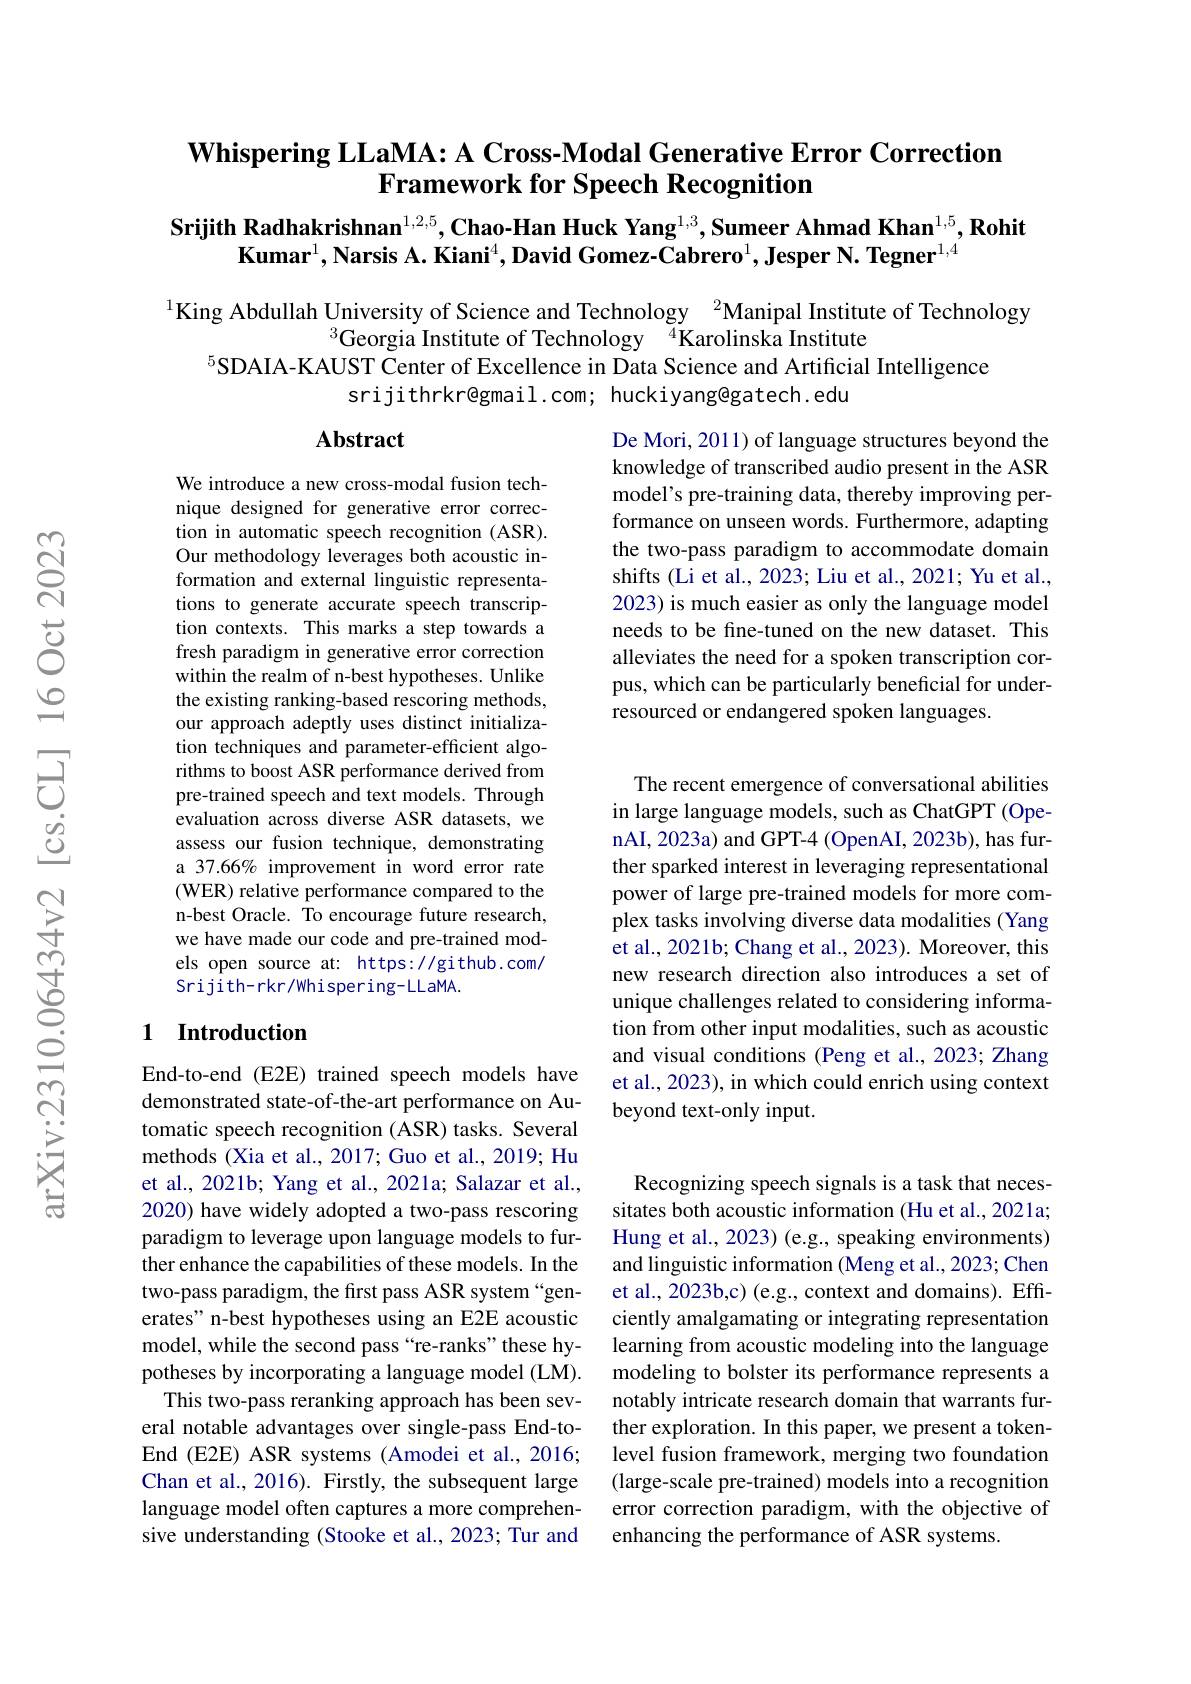
## $\textbf{Whispering LLaMA: A Cross- Modal Generative Error Correction}$ $\textbf{Framework for Speech Recognition}$

Srijith Radhakrishnan$^{1, 2, 5}, \textbf{Chao- Han Huck Yang}^{1, 3}, \textbf{Sumeer Ahmad Khan}^{1, 5}, \textbf{Rohit}$
Kumar$^1,\textbf{Narsis A. Kiani}^4,\text{David Gomez-Cabrero}^1,\textbf{Jesper N.Tegner}^{1,4}$

King Abdullah University of Science and Technology $^{2}$Manipal Institute of Technology
$^{3}$Georgia Institute of Technology$^{4}$Karolinska Institute
$^{5}$SDAIA-KAUST $\bar{\text{Center of Excellence in Data Science and Artificial Intelligence}}$
srijithrkr@gmail.com; huckiyang@gatech.edu

### $\mathbf{Abstract}$

De Mori, 2011) of language structures beyond the knowledge of transcribed audio present in the ASR model's pre-training data, thereby improving performance on unseen words. Furthermore, adapting the two-pass paradigm to accommodate domain shifts (Li et al., 2023; Liu et al., 2021; Yu et al., 2023) is much easier as only the language model needs to be fine-tuned on the new dataset. This alleviates the need for a spoken transcription corpus, which can be particularly beneficial for underresourced or endangered spoken languages.

We introduce a new cross-modal fusion technique designed for generative error correction in automatic speech recognition (ASR). Our methodology leverages both acoustic information and external linguistic representations to generate accurate speech transcription contexts. This marks a step towards a fresh paradigm in generative error correction within the realm of n-best hypotheses. Unlike the existing ranking-based rescoring methods, our approach adeptly uses distinct initialization techniques and parameter-efficient algorithms to boost ASR performance derived from pre-trained speech and text models. Through evaluation across diverse ASR datasets, we assess our fusion technique, demonstrating a 37.66% improvement in word error rate (WER) relative performance compared to the n-best Oracle. To encourage future research, we have made our code and pre-trained models open source at: https://github.com/ Srijith-rkr/whispering-LLaMA.

The recent emergence of conversational abilities in large language models, such as ChatGPT (OpenAI, 2023a) and GPT-4 (OpenAI, 2023b), has further sparked interest in leveraging representational power of large pre-trained models for more complex tasks involving diverse data modalities (Yang et al., 2021b; Chang et al., 2023). Moreover, this new research direction also introduces a set of unique challenges related to considering information from other input modalities, such as acoustic and visual conditions (Peng et al., 2023; Zhang et al., 2023), in which could enrich using context beyond text-only input.

## 1 Introduction

End-to-end (E2E) trained speech models have demonstrated state-of-the-art performance on Automatic speech recognition (ASR) tasks. Several methods (Xia et al., 2017; Guo et al., 2019; Hu et al., 2021b; Yang et al., 2021a; Salazar et al., 2020) have widely adopted a two-pass rescoring paradigm to leverage upon language models to further enhance the capabilities of these models. In the two-pass paradigm, the first pass ASR system “generates" n-best hypotheses using an E2E acoustic model, while the second pass“re-ranks”these hypotheses by incorporating a language model (LM).
This two-pass reranking approach has been several notable advantages over single-pass End-toEnd (E2E) ASR systems (Amodei et al., 2016; Chan et al., 2016). Firstly, the subsequent large language model often captures a more comprehensive understanding (Stooke et al., 2023; Tur and

Recognizing speech signals is a task that necessitates both acoustic information (Hu et al., 2021a; Hung et al., 2023) (e.g., speaking environments) and linguistic information (Meng et al., 2023; Chen et al., 2023b,c) (e.g., context and domains). Effciently amalgamating or integrating representation learning from acoustic modeling into the language modeling to bolster its performance represents a notably intricate research domain that warrants further exploration. In this paper, we present a tokenlevel fusion framework, merging two foundation (large-scale pre-trained) models into a recognition error correction paradigm, with the objective of enhancing the performance of ASR systems.